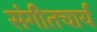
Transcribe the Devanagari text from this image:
संगीतचार्य